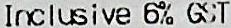
INCLUSIVE 6% GST